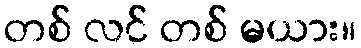
တစ် လင် တစ် မယား။